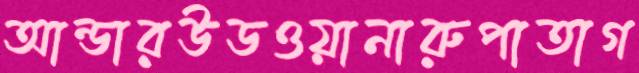
আন্ডারউডওয়ানারুপাতাগ